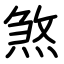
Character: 煞